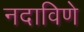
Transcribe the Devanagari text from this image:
नदाविणे